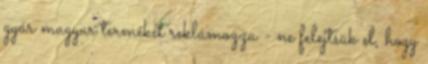
gyár magyar termékét reklámozza - ne felejtsük el, hogy